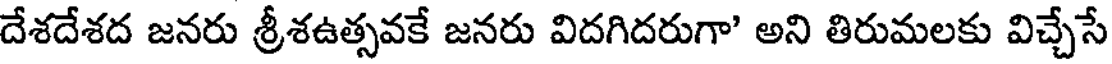
దేశదేశద జనరు శ్రీశఉత్సవకే జనరు విదగిదరుగా' అని తిరుమలకు విచ్చేసే